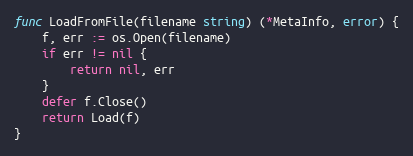
Language: Go
func LoadFromFile(filename string) (*MetaInfo, error) {
	f, err := os.Open(filename)
	if err != nil {
		return nil, err
	}
	defer f.Close()
	return Load(f)
}